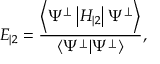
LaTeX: E _ { | 2 } = \frac { \left\langle \Psi ^ { \perp } \left| H _ { | 2 } \right| \Psi ^ { \perp } \right\rangle } { \left\langle \Psi ^ { \perp } | \Psi ^ { \perp } \right\rangle } ,